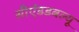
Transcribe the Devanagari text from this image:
सीएंडडबल्यू